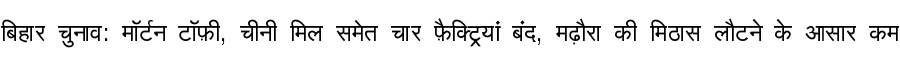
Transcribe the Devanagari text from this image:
बिहार चुनाव: मॉर्टन टॉफ़ी, चीनी मिल समेत चार फ़ैक्ट्रियां बंद, मढ़ौरा की मिठास लौटने के आसार कम